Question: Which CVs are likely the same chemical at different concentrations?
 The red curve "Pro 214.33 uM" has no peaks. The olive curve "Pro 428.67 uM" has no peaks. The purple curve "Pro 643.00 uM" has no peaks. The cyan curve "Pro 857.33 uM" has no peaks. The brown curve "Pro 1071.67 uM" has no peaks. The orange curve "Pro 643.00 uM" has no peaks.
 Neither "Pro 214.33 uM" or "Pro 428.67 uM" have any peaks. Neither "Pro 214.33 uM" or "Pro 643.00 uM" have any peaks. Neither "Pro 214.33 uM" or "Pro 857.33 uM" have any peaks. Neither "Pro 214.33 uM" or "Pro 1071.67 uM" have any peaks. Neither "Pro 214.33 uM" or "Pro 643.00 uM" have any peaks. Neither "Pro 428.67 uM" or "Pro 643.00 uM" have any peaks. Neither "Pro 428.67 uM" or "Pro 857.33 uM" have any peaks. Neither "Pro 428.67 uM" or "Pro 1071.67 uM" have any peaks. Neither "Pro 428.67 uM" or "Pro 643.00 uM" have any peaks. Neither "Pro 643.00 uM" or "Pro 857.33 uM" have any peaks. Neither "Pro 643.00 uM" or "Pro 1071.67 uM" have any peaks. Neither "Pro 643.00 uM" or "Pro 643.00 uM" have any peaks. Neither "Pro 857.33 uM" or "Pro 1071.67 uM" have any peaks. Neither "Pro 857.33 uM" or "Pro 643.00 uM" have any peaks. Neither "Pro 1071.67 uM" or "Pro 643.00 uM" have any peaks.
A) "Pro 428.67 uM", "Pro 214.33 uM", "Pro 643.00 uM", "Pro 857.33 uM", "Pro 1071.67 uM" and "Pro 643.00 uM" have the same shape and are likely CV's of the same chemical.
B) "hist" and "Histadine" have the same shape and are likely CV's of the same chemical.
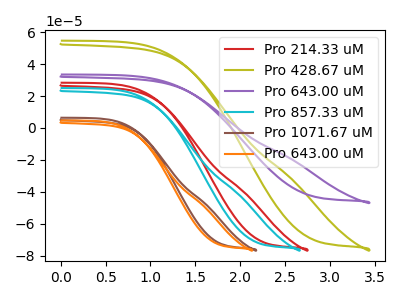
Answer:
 <answer>A) "Pro 428.67 uM", "Pro 214.33 uM", "Pro 643.00 uM", "Pro 857.33 uM", "Pro 1071.67 uM" and "Pro 643.00 uM" have the same shape and are likely CV's of the same chemical.</answer>
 <eval>A</eval>